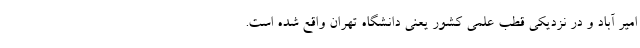
امیر آباد و در نزدیکی قطب علمی کشور یعنی دانشگاه تهران واقع شده است.